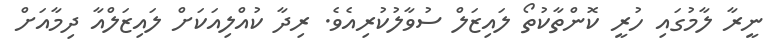
ނީރާ ލާމުގައި ހުރީ ކޮންތާކުތޯ ލައިޒަލް ސުވާލުކުރިއެވެ. ރިދާ ކުއްލިއަކަށް ލައިޒަލްއާ ދިމާއަށް